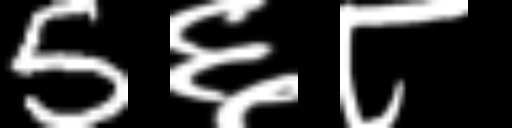
Text: 5६८